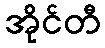
အိုင်တီ